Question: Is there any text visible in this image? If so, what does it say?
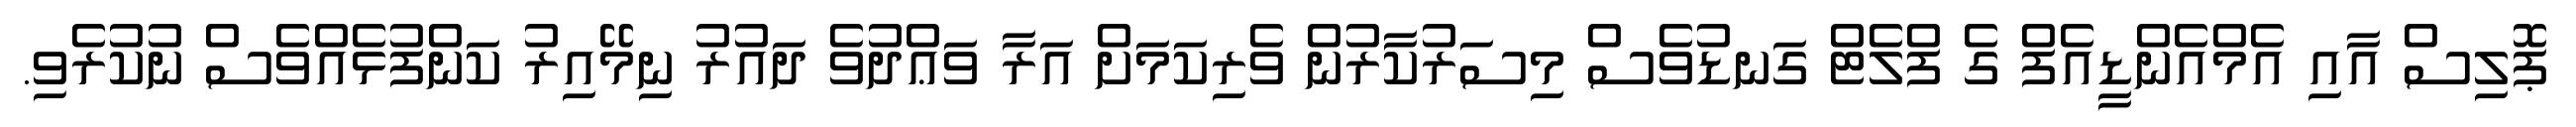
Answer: ޕޮލިސް އާއި އެމްއެންޑީއެފް ގެ ފްލެޓް ގަނޑުވެސް މިސަރުކާރުން ވެރިކަމަށް އަރާ ވަޢްދުވެ ދައުރު ނިމޭއިރު ކަންފުޅެއްވެސް ނުކުރެވި.